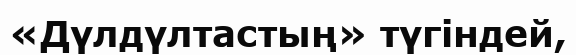
«Дүлдүлтастың» түгіндей,